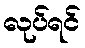
လုပ်ရင်